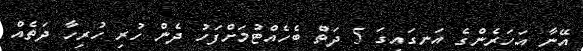
އޭނާ އަހަރެންގެ އަނގައިގަ 5 ދަތް ބެހެއްޓުމަށްފަހު ދެން ހުރި ހުރިހާ ދަތެއް